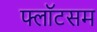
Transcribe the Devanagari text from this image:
फ्लॉटसम